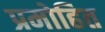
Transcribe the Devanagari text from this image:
प्रमोहित